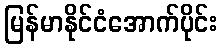
မြန်မာနိုင်ငံအောက်ပိုင်း